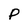
Character: P